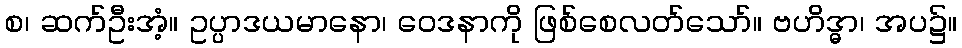
စ၊ ဆက်ဦးအံ့။ ဥပ္ပာဒယမာနော၊ ဝေဒနာကို ဖြစ်စေလတ်သော်။ ဗဟိဒ္ဓာ၊ အပ၌။